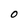
Character: O